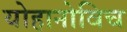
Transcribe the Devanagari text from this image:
योहानोविच